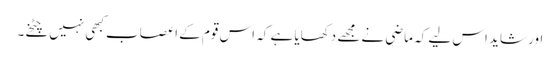
اور شاید اس لیے کہ ماضی نے مجھے دکھایا ہے کہ اس قوم کے اعصاب کبھی نہیں چٹخے۔